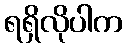
ရရှိလိုပါက